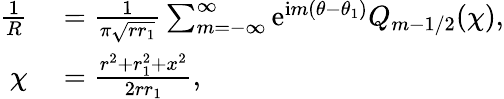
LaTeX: \begin{array}{rl}{\frac{1}{R}}&{{}=\frac{1}{\pi\sqrt{rr_{1}}}\sum_{m=-\infty}^{\infty}\mathrm{e}^{\mathrm{i}m(\theta-\theta_{1})}Q_{m-1/2}(\chi),}\\ {\chi}&{{}=\frac{r^{2}+r_{1}^{2}+x^{2}}{2rr_{1}},}\end{array}